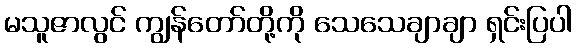
မသူဇာလွင် ကျွန်တော်တို့ကို သေသေချာချာ ရှင်းပြပါ